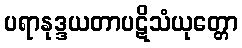
ပရာနုဒ္ဒယတာပဋိသံယုတ္တော